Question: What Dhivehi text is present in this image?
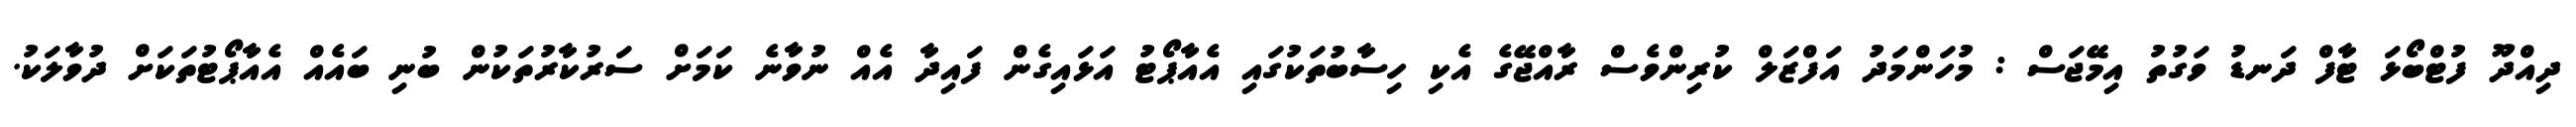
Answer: ދިއްދޫ ފުޓްބޯޅަ ޓާފް ދަނޑު ވަގުތު އިމޭޖަސް : މުހަންމަދު އަފްޒަލް ކުރިންވެސް ރާއްޖޭގެ އެކި ހިސާބުތަކުގައި އެއާޕޯޓު އަޅައިގެން ފައިދާ އެއް ނުވާނެ ކަމަށް ސަރުކާރުތަކުން ބުނި ބައެއް އެއާޕޯޓުތަކަށް ދުވާލަކު.